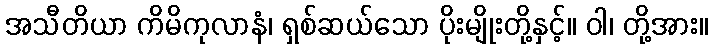
အသီတိယာ ကိမိကုလာနံ၊ ရှစ်ဆယ်သော ပိုးမျိုးတို့နှင့်။ ဝါ၊ တို့အား။